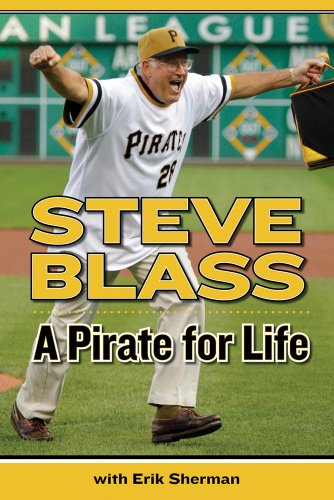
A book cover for A Pirate for Life; Steve Blass; Travel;